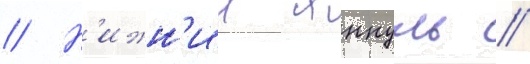
// Н'ижн'ии янкуль //